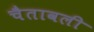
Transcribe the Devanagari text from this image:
चैतावली